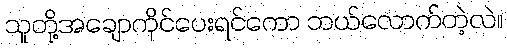
သူတို့အချောကိုင်ပေးရင်ကော ဘယ်လောက်တဲ့လဲ။